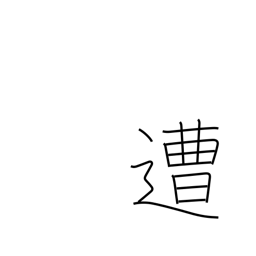
Meaning: encounter